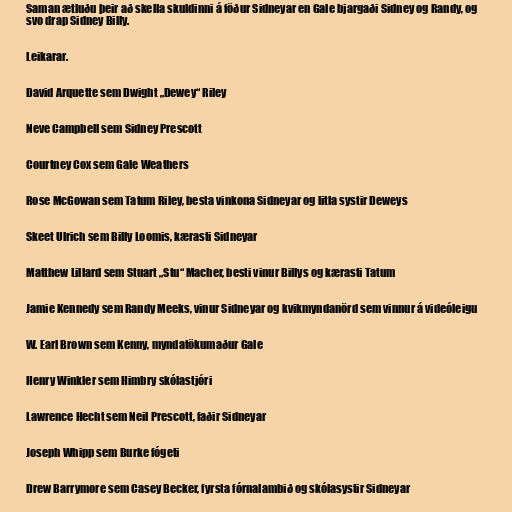
Saman ætluðu þeir að skella skuldinni á föður Sidneyar en Gale bjargaði Sidney og Randy, og
svo drap Sidney Billy.

Leikarar.

David Arquette sem Dwight „Dewey“ Riley

Neve Campbell sem Sidney Prescott

Courtney Cox sem Gale Weathers

Rose McGowan sem Tatum Riley, besta vinkona Sidneyar og litla systir Deweys

Skeet Ulrich sem Billy Loomis, kærasti Sidneyar

Matthew Lillard sem Stuart „Stu“ Macher, besti vinur Billys og kærasti Tatum

Jamie Kennedy sem Randy Meeks, vinur Sidneyar og kvikmyndanörd sem vinnur á videóleigu

W. Earl Brown sem Kenny, myndatökumaður Gale

Henry Winkler sem Himbry skólastjóri

Lawrence Hecht sem Neil Prescott, faðir Sidneyar

Joseph Whipp sem Burke fógeti

Drew Barrymore sem Casey Becker, fyrsta fórnalambið og skólasystir Sidneyar